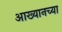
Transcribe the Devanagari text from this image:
आख्यानच्या